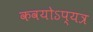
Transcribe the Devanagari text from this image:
कवयोऽप्यत्र